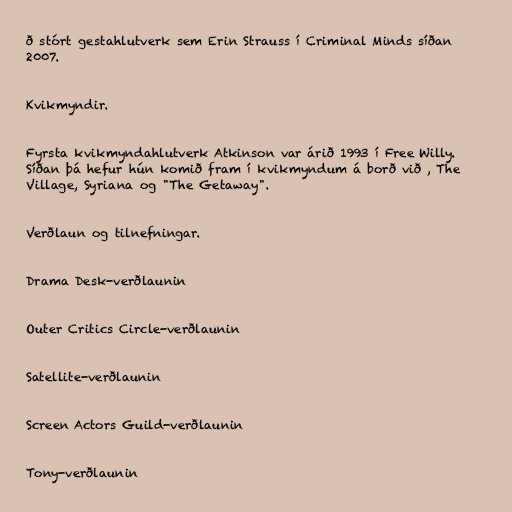
ð stórt gestahlutverk sem Erin Strauss í Criminal Minds síðan
2007.

Kvikmyndir.

Fyrsta kvikmyndahlutverk Atkinson var árið 1993 í Free Willy.
Síðan þá hefur hún komið fram í kvikmyndum á borð við , The
Village, Syriana og "The Getaway".

Verðlaun og tilnefningar.

Drama Desk-verðlaunin

Outer Critics Circle-verðlaunin

Satellite-verðlaunin

Screen Actors Guild-verðlaunin

Tony-verðlaunin